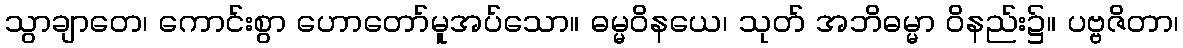
သွာချာတေ၊ ကောင်းစွာ ဟောတော်မူအပ်သော။ ဓမ္မဝိနယေ၊ သုတ် အဘိဓမ္မာ ဝိနည်း၌။ ပဗ္ဗဇိတာ၊